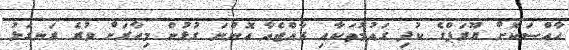
ހާއްސަކޮށް ޔޫރަޕްގެ ކުދި ގައުމުތަކާއި ރާއްޖެއާ އޮންނަ ގުޅުން މިހާރަށް ވުރެ ރަނގަޅު